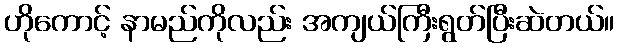
ဟိုကောင့် နာမည်ကိုလည်း အကျယ်ကြီးရွတ်ပြီးဆဲတယ်။